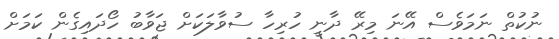
ނުކުތް ނަމަވެސް އޭނަ މިރޭ ދާނީ ހުރިހާ ސުވާލަކަށް ޖަވާބު ހޯދައިގެން ކަމަށް